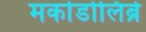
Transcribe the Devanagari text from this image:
मर्काडोलिब्रे